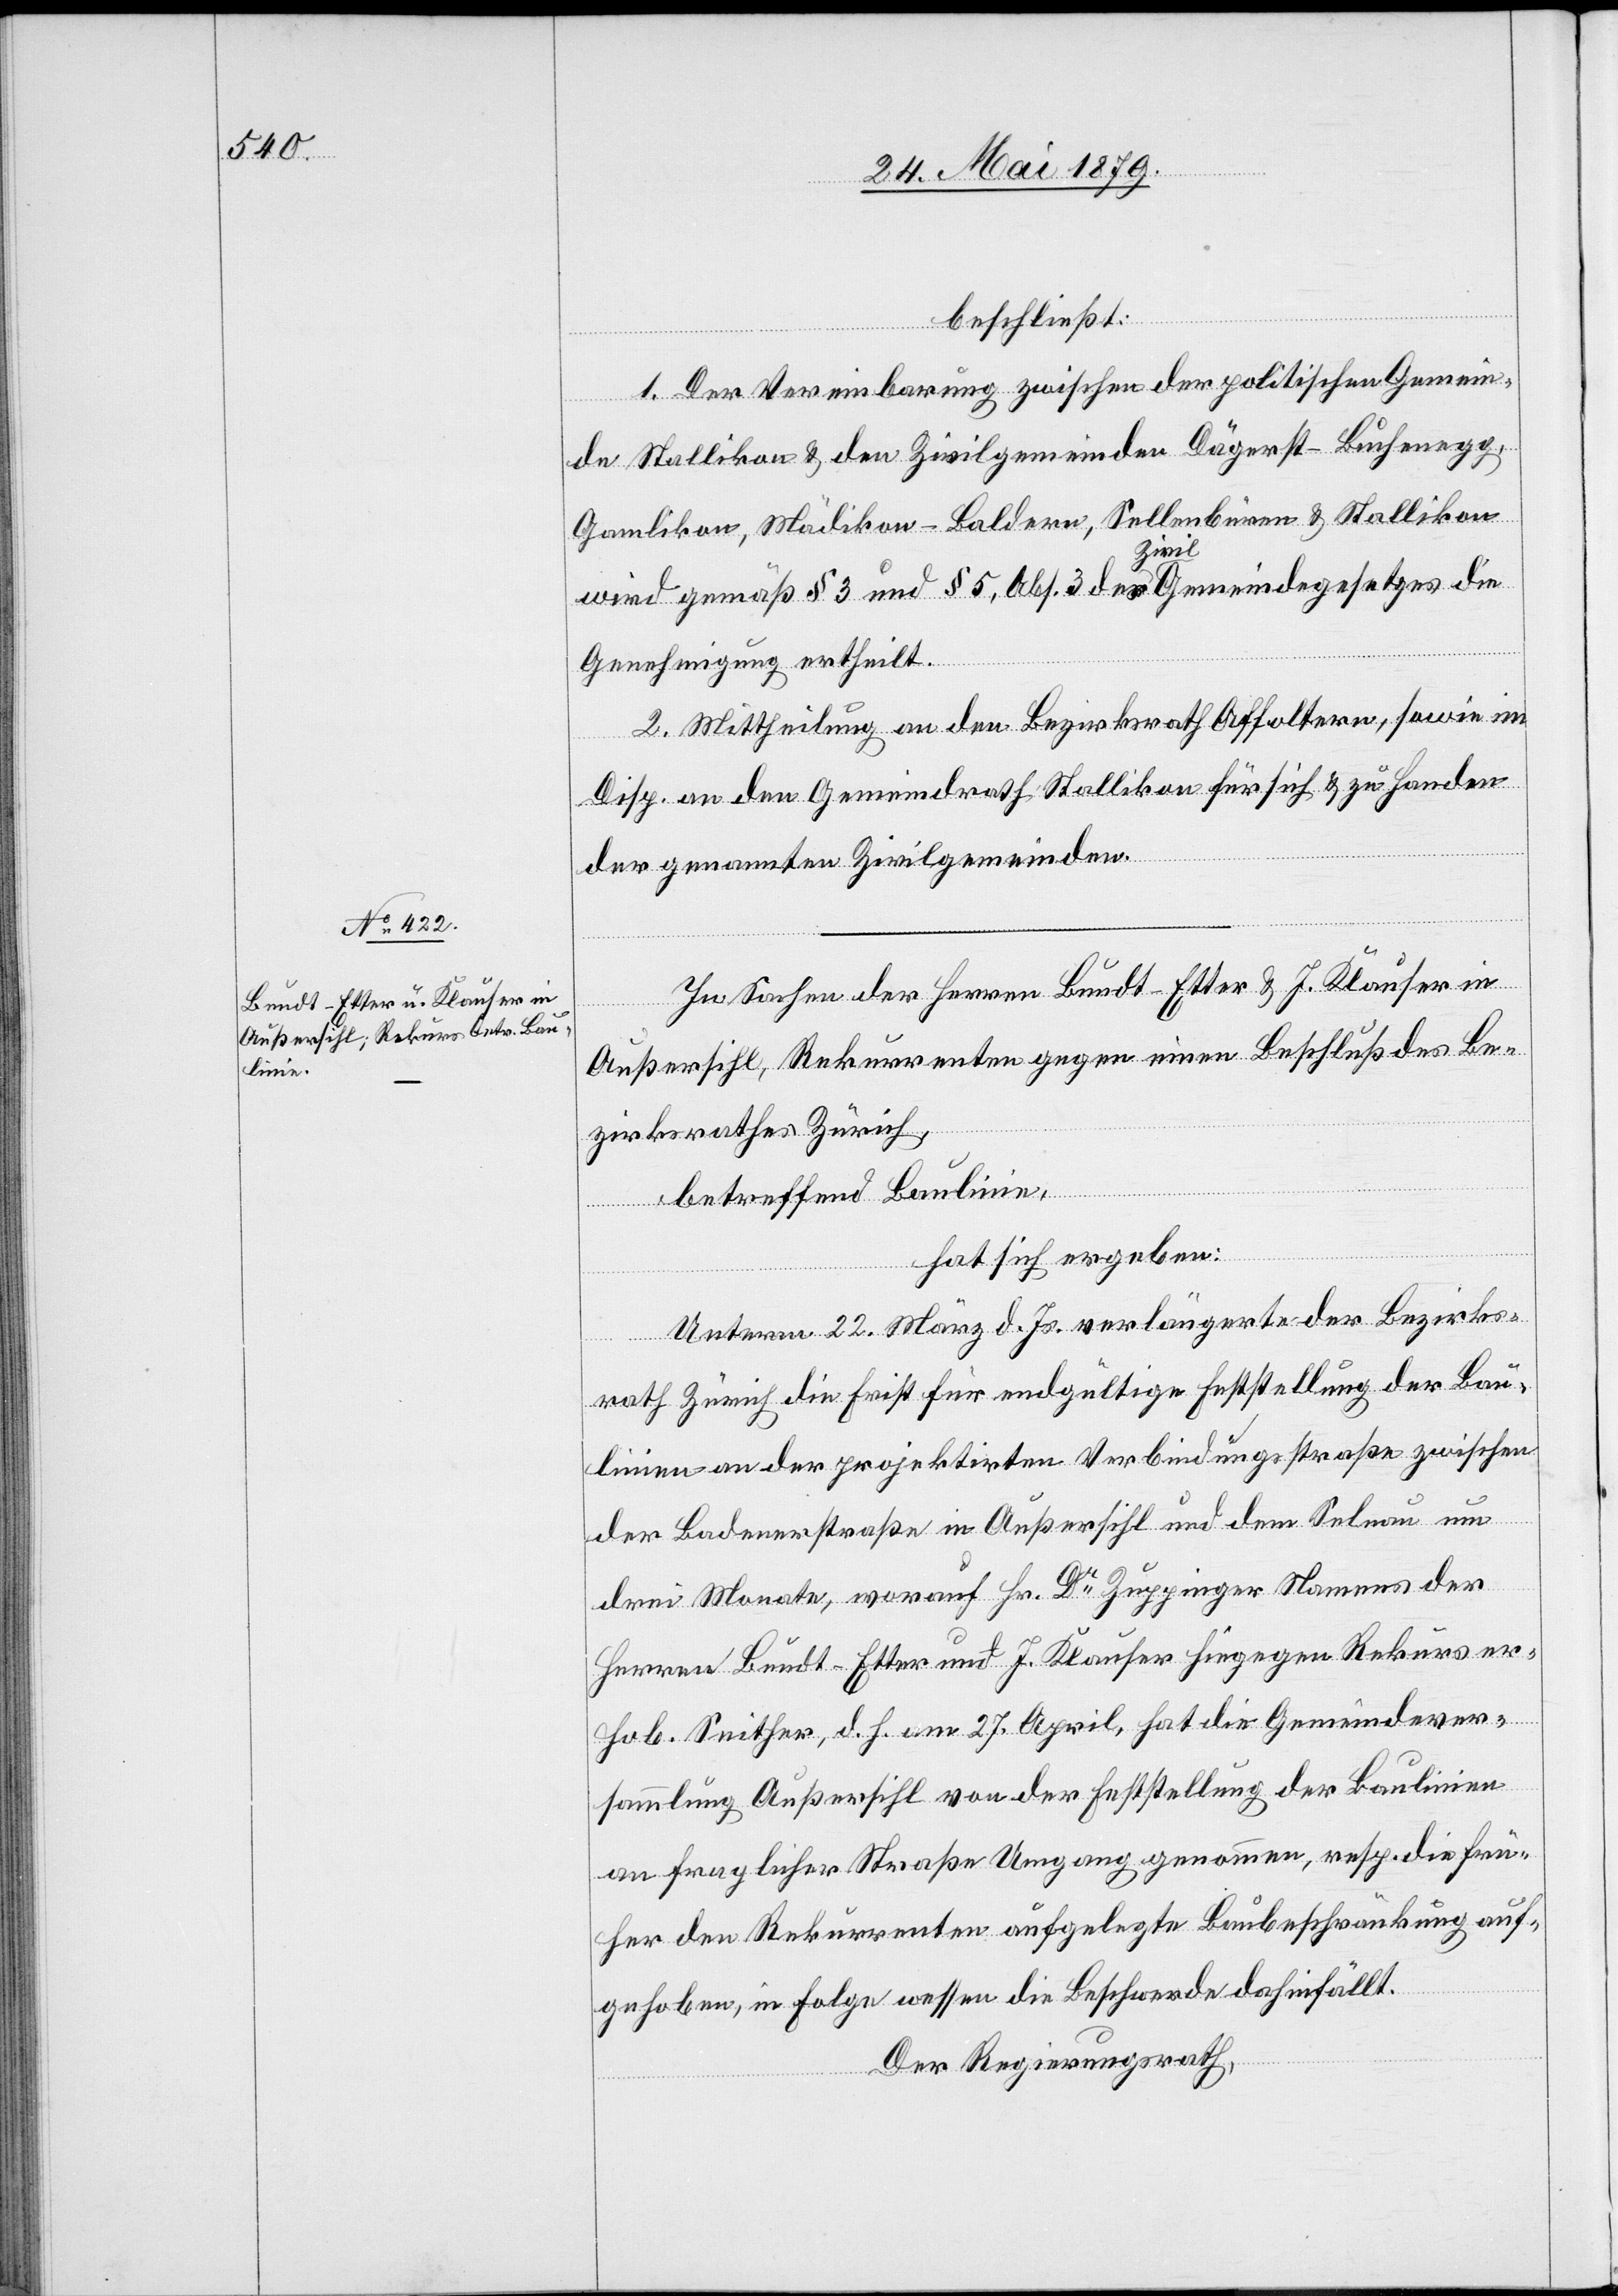
beschließt:
1. Der Vereinbarung zwischen der politischen Gemein¬
de Stallikon & den Zivilgemeinden Dägerst-Buchenegg,
Gamlikon, Mädikon-Baldern, Sellenbüren & Stallikon
wird gemäß § 3 und § 5, Abs. 3 des Zivilgemeindegesetzes die
Genehmigung ertheilt.
2. Mittheilung an den Bezirksrath Affoltern, sowie im
Disp. an den Gemeindrath Stallikon für sich & zu Handen
der genannten Zivilgemeinden.
In Sachen der Herren Bundt-Etter & J. Klauser in
Außersihl, Rekurrenten gegen einen Beschluß des Be¬
zirksrathes Zürich,
betreffend Baulinie,
hat sich ergeben:
Unterm 22. März d. Js. verlängerte der Bezirks¬
rath Zürich die Frist für endgültige Feststellung der Bau¬
linien an der projektirten Verbindungsstraße zwischen
der Badenerstraße in Außersihl und dem Selnau um
drei Monate, worauf Hr. Dr Zuppinger Namens der
Herren Bundt-Etter und J. Klauser hiegegen Rekurs er¬
hob. Seither, d. h. am 27. April, hat die Gemeindever¬
sammlung Außersihl von der Feststellung der Baulinien
an fraglicher Straße Umgang genommen, resp. die frü¬
her den Rekurrenten aufgelegte Baubeschränkung auf¬
gehoben, in Folge wessen die Beschwerde dahinfällt.
Der Regierungsrath,